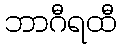
ဘာဂီရထီ